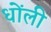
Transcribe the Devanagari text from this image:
धोंली